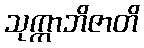
သုက္ကာဘိဇာတိ